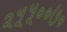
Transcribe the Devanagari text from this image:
२५५००७०